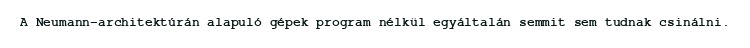
A Neumann-architektúrán alapuló gépek program nélkül egyáltalán semmit sem tudnak csinálni.